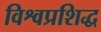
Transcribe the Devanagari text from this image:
विश्वप्रशिद्ध